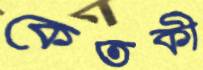
কেতকী